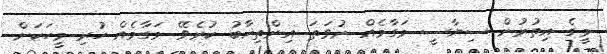
މީގެ އިތުރުން ސިޔާސީ މަގާމެއް ނުވަތަ އިންތިޚާބު ކުރެވޭ މަގާމެއް ހުރި މީހަކަށް